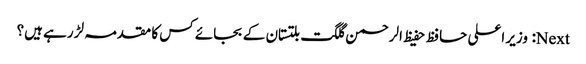
Next: وزیر اعلی حافظ حفیظ الرحمن گلگت بلتستان کے بجائے کس کا مقدمہ لڑ رہے ہیں؟